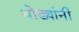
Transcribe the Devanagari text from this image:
थोड्यांनी